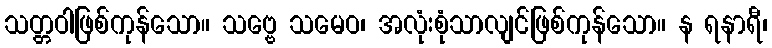
သတ္တဝါဖြစ်ကုန်သော။ သဗ္ဗေ သမေဝ၊ အလုံးစုံသာလျင်ဖြစ်ကုန်သော။ န ရနာရီ၊